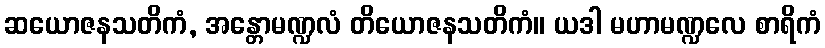
ဆယောဇနသတိကံ, အန္တောမဏ္ဍလံ တိယောဇနသတိကံ။ ယဒါ မဟာမဏ္ဍလေ စာရိကံ